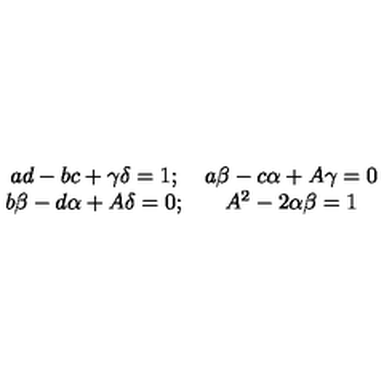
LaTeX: \begin{array} { c c } { a d - b c + \gamma \delta = 1 ; } & { a \beta - c \alpha + A \gamma = 0 } \\ { b \beta - d \alpha + A \delta = 0 ; } & { A ^ { 2 } - 2 \alpha \beta = 1 } \\ \end{array}